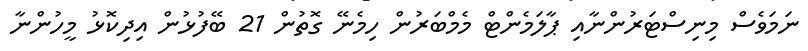
ނަމަވެސް މިނިސްޓަރުންނާއި ޕާލަމެންޓް މެމްބަރުން ހިމެނޭ ގޮތުން 21 ބޭފުޅުން އިދިކޮޅު މީހުންނާ